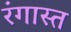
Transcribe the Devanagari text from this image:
रंगास्त